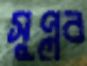
সুপ্লব